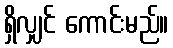
ရှိလျှင် ကောင်းမည်။